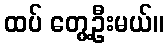
ထပ် တွေ့ဦးမယ်။